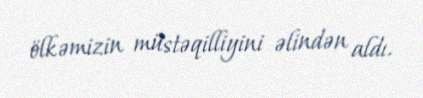
ölkəmizin müstəqilliyini əlindən aldı.